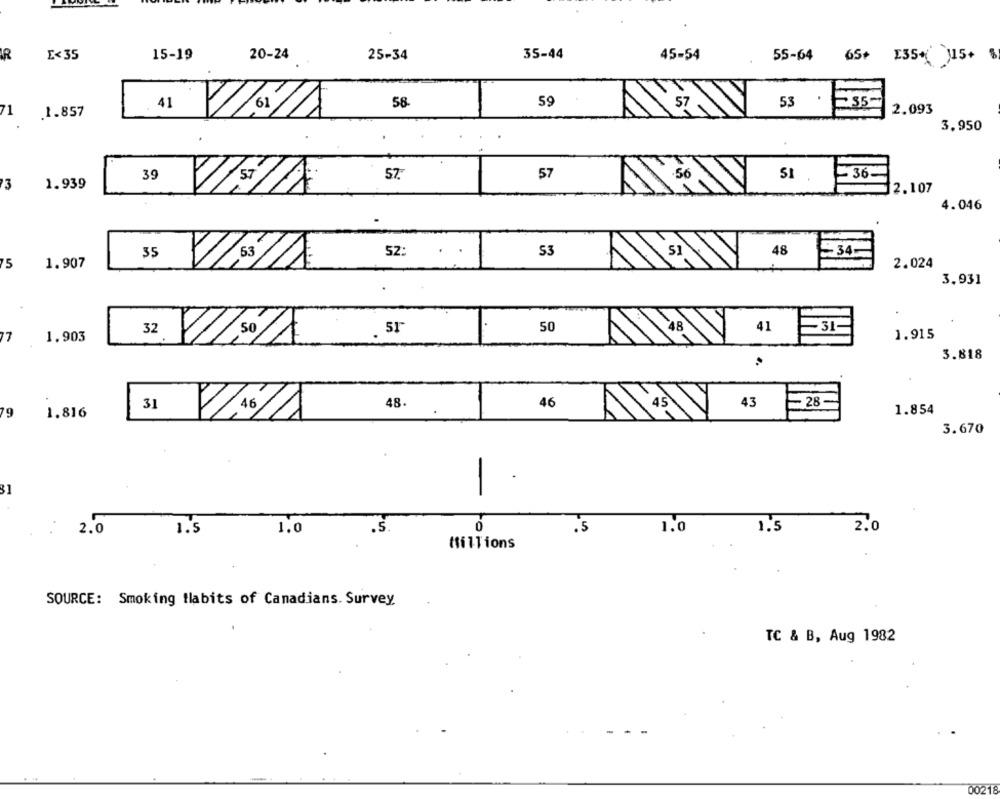
IR
E<35
15-19
20-24
25-34
35-44
45-54
55-64
65+ 135( 115+
58.
59
53
.
E35
41
2.093
1
.1.857
V/a/A
3,950
39
57.
57
.56
~36
3
1.939
2.107
4.046
35
P 53
53
48
34-
5
1.907
2.024
3.931
50
48
41
32
.51
1.915
17
1.903
3.818
31
48.
46
45
43
28-
'9
1.816
1.854
2/16/1
3.670
31
-
0
1.0
1.5
2.0
2.0
1.5
1.0
.S.
.5
Millions
SOURCE: Smoking tlabits of Canadians. Survey
TC & B, Aug 1982
00218